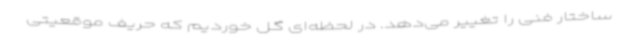
ساختار فنی را تغییر می‌دهد. در لحظه‌ای گل خوردیم که حریف موقعیتی